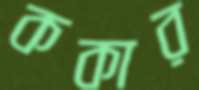
ককার